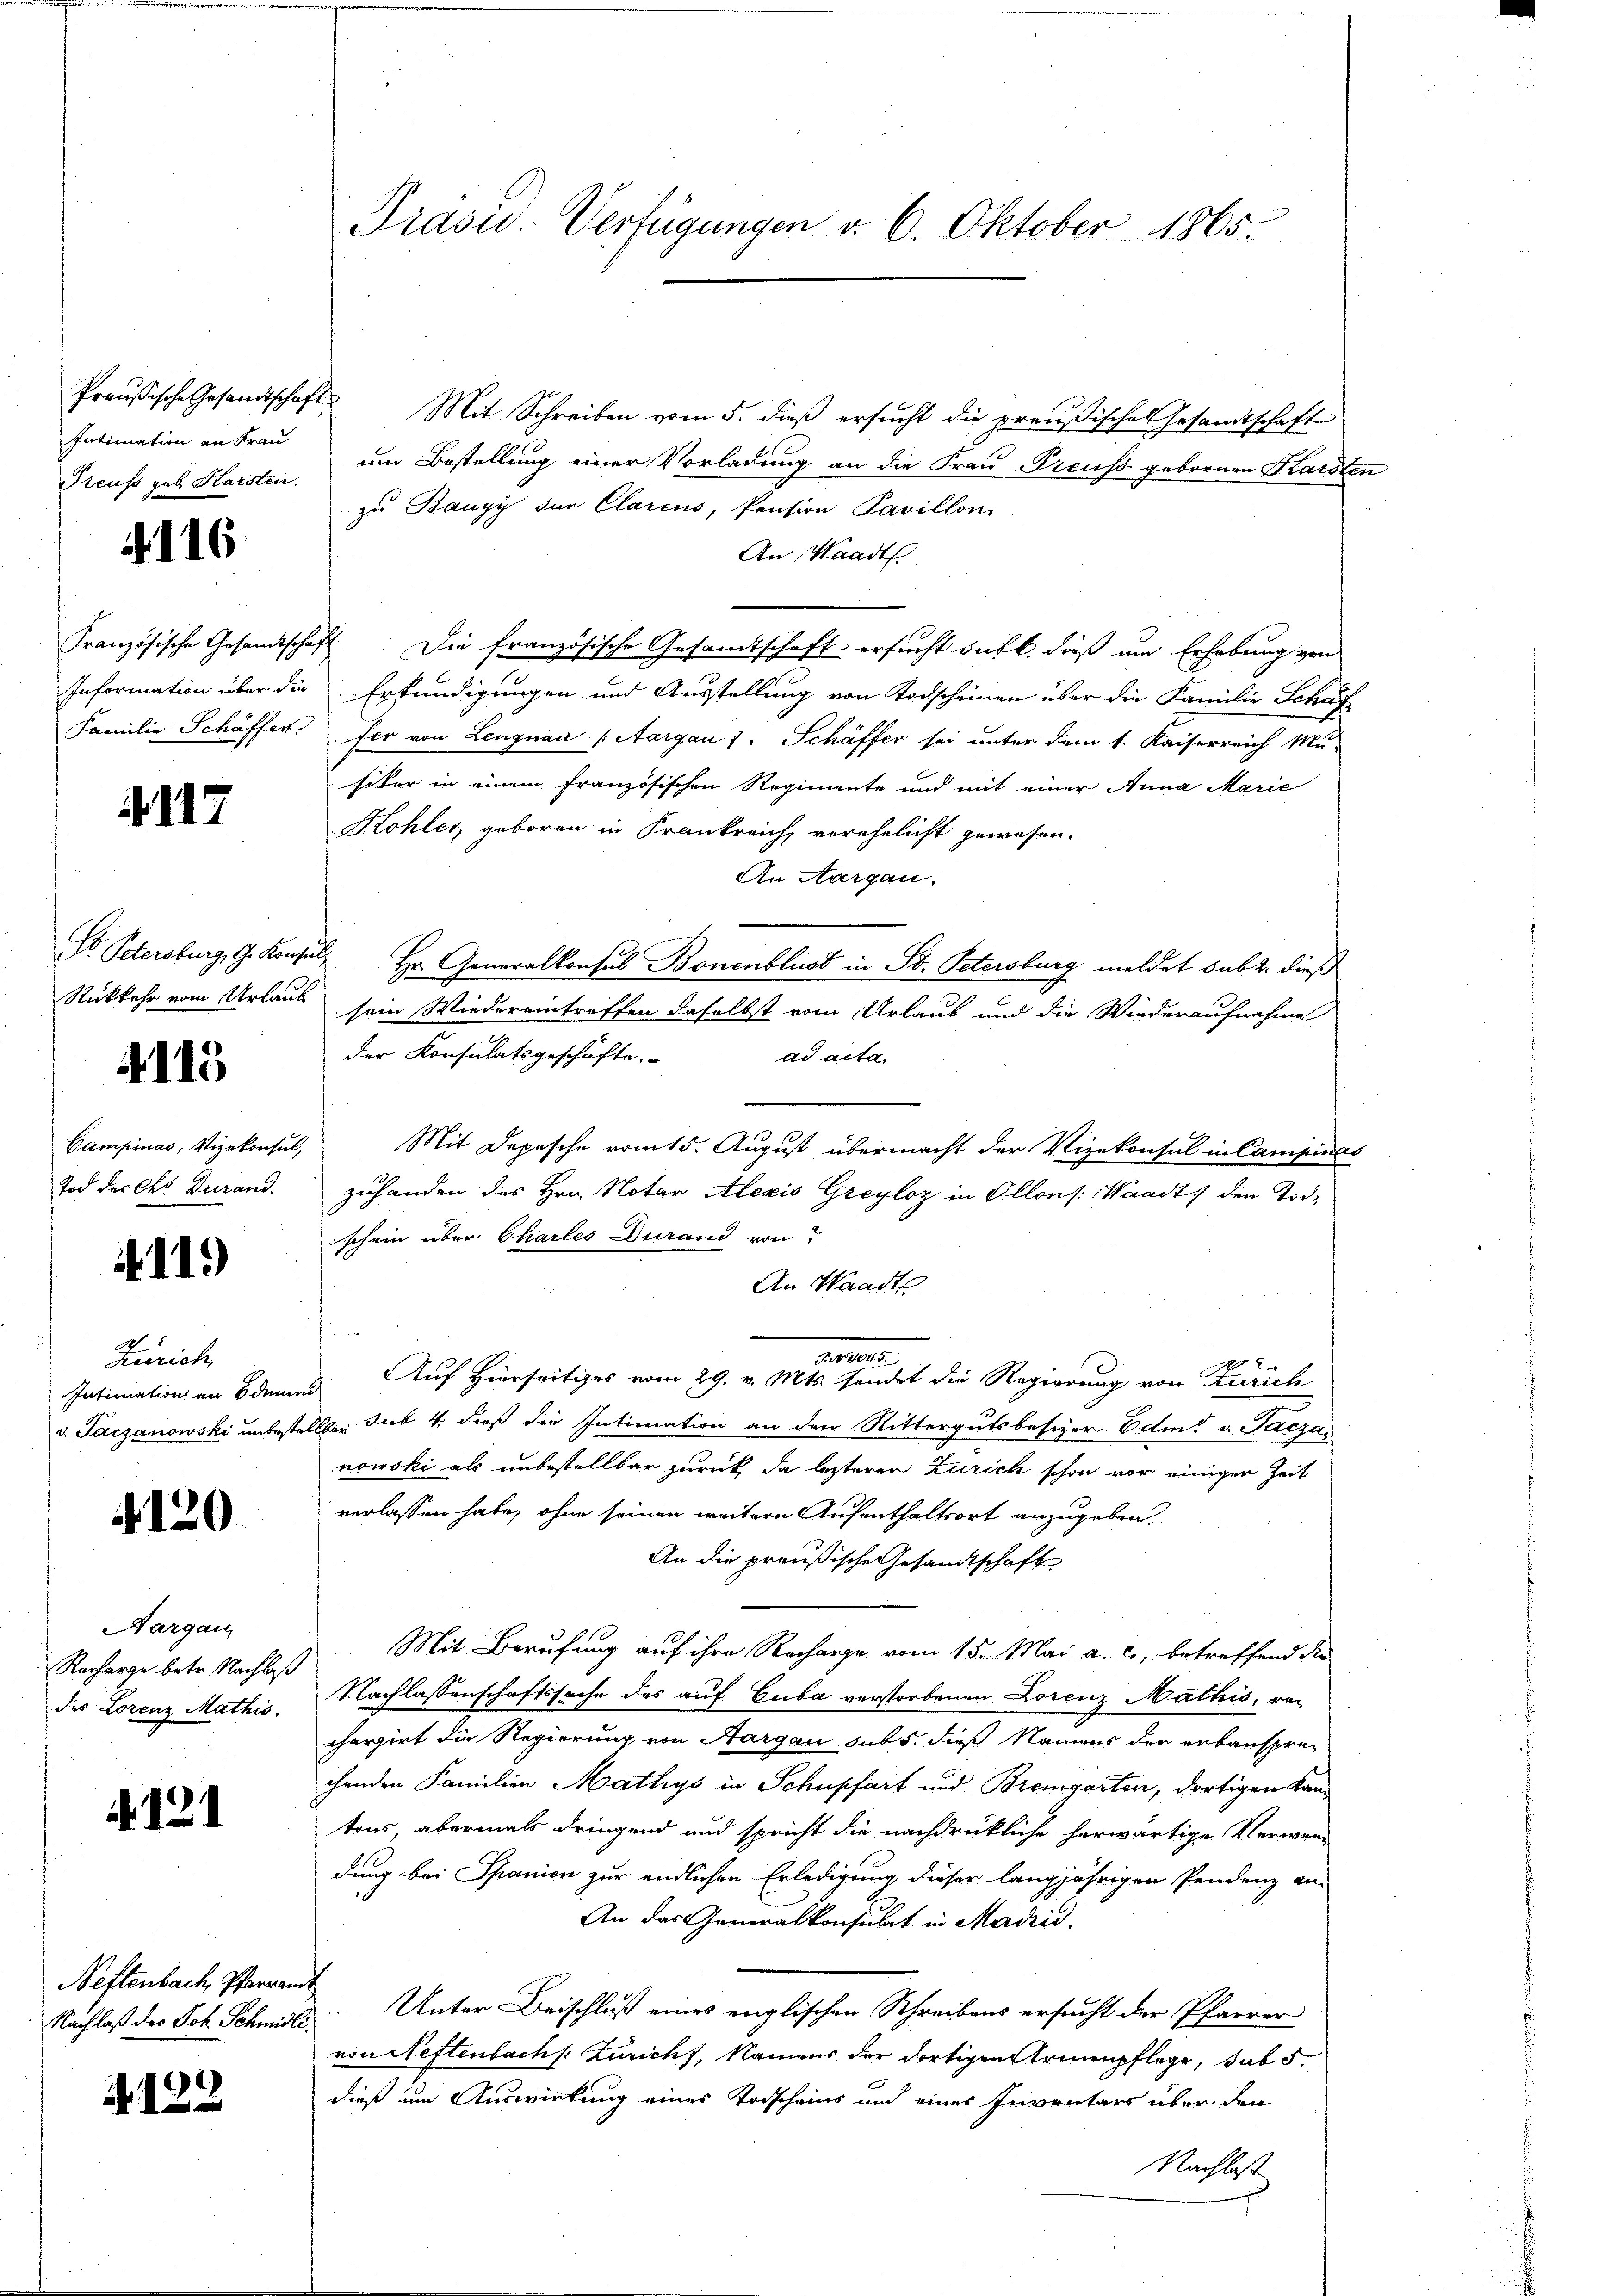
Intimation an Frau
Preuß geb Harsten.

. 116

411.

Rückkehr vom Urlaub

4115

Tod der des Turand.

11.)

Zürich

4120

Aargau
Recharge betr. Nachlaß
des Lorenz Mathis

N. 131

Neftenbach, Pfarramt

122

Präsid.. Verfügungen v. 6. Oktober 1865.

Preußische Gesandtschaft. Mit Schreiben vom 5. dieß ersucht die preußisches Gesamtschaft
um Bestellung einer Vorladung an die Frau Preuss gebornen Karsten
zu Baugy der Clarens, Pension Pavillon
An Waadt.
Französische Gesandtschaft. Die französische Gesandtschaft ersucht sub b. dieß um Erhebung von
Information über die Erkundigungen und Ausstellung von Todscheinen über die Familie Schaff
Familie Schäffer. Der von Lengnau (Aargau 1: Schäffer sei unter dem 1. Kaiserreich Mu-
siter in einem französischen Regimente und mit einer Anna Marie
Kohler geboren in Frankreich verehelicht gewesen.
An Aargau.
Do Petersburg, G. Konsuls Hr. Generalkonsul Bonenblust in St. Petersburg meldet sub 2. dieß
sein Wiedereintreffen daselbst vom Urlaub und die Wiederaufnahme
der Konsulatsgeschäfte.
ad acta.
Campinas, Vizekonsul, Mit Depesche vom 15. August übermacht der Vizekonsul in Campinas
zuhanden des Hrn. Notar Alexis Greyloz in Allons: Waadt, den Todschein über Chartes durand von
An Waadt
a
5
Intimation an den Auf Hierseitiges vom 29. v. Mts. sendet die Regierung von Zürich
v. Tarzanowski unbestellten sub 4. dieß die Intimation an den Rittergutsbesizer Edm. v. Pacza
nowski als unbestellbar zurück, da lezterer Zürich schon vor einiger Zeit
verlassen habe, ohne seinen weitere Aufenthaltsort anzugeben.
An die preußische Gesandtschaft
Mit Berufung auf ihre Recharge vom 15. Mai a. c., betreffend der
Nachlassenschaftssache des auf Cuba verstorbenen Lorenz Nathis, von
chargirt die Regierung von Aargau sub 5. dieß Namens der erbansprechenden Familien Mathys in Schupfart und Bremgarten, dortigen Kantons, abermals dringend und spricht die nachdrückliche herwärtige Verwen-
dung bei Spanien zur endlichen Erledigung dieser langjährigen Pendenz an
An das Generalkonsulat in Madrid,
Nachlaß der Joh. Schmidli Unter Beischluß eines englischen Schreibens ersucht der Pfarrer
von Neftenbach /: Zürich, Namens der dortigen Strennpflege, sub 5
dieß um Auswirkung eines Torscheins und eines Inventars über den
Nachlass